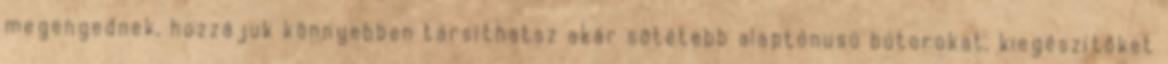
megengednek, hozzájuk könnyebben társíthatsz akár sötétebb alaptónusú bútorokat, kiegészítőket